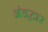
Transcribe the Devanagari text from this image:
अंडद्वार